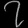
Digit: ၇